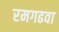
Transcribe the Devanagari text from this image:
रमगढवा